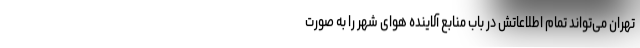
تهران می‌تواند تمام اطلاعاتش در باب منابع آلاینده هوای شهر را به صورت